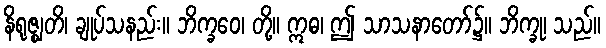
နိရုဇ္ဈတိ၊ ချုပ်သနည်း။ ဘိက္ခဝေ၊ တို့။ ဣဓ၊ ဤ သာသနာတော်၌။ ဘိက္ခု၊ သည်။